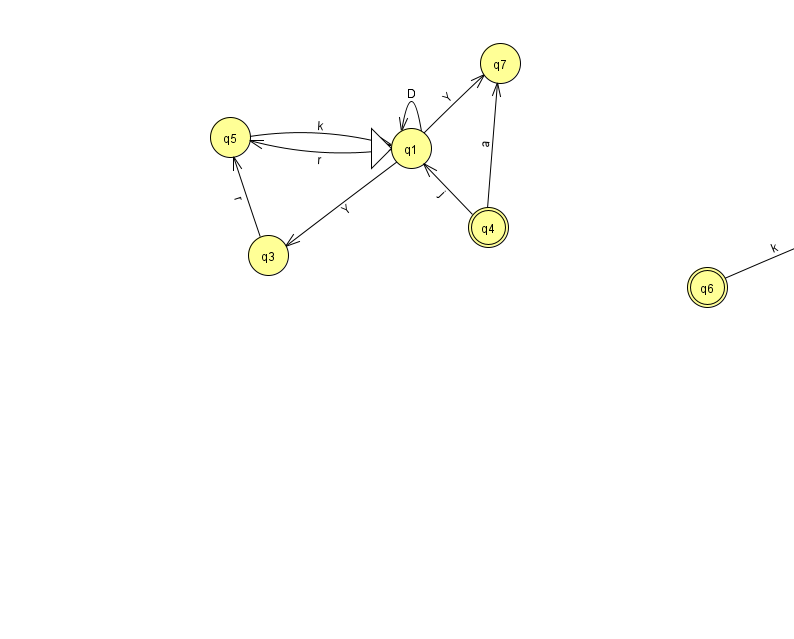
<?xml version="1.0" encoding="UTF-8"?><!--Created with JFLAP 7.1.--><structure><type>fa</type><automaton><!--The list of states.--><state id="0" name="q0"><x>849.0</x><y>215.0</y></state><state id="1" name="q1"><x>411.0</x><y>135.0</y><initial/></state><state id="2" name="q2"><x>924.0</x><y>86.0</y><final/></state><state id="3" name="q3"><x>268.0</x><y>242.0</y></state><state id="4" name="q4"><x>488.0</x><y>214.0</y><final/></state><state id="5" name="q5"><x>230.0</x><y>124.0</y></state><state id="6" name="q6"><x>707.0</x><y>274.0</y><final/></state><state id="7" name="q7"><x>500.0</x><y>50.0</y></state><!--The list of transitions.--><transition><from>4</from><to>7</to><read>a</read></transition><transition><from>1</from><to>1</to><read>D</read></transition><transition><from>2</from><to>2</to><read>F</read></transition><transition><from>5</from><to>1</to><read>k</read></transition><transition><from>1</from><to>3</to><read>Y</read></transition><transition><from>2</from><to>0</to><read>w</read></transition><transition><from>6</from><to>0</to><read>k</read></transition><transition><from>4</from><to>1</to><read>j</read></transition><transition><from>1</from><to>5</to><read>r</read></transition><transition><from>1</from><to>7</to><read>Y</read></transition><transition><from>3</from><to>5</to><read>r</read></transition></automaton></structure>